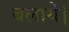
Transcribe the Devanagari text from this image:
बलाये।